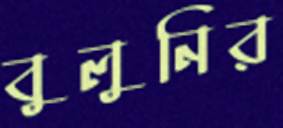
বুলুনির